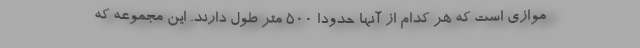
موازی است که هر کدام از آنها حدودا 500 متر طول دارند. این مجموعه که